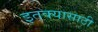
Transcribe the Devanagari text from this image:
इतक्यासाठी